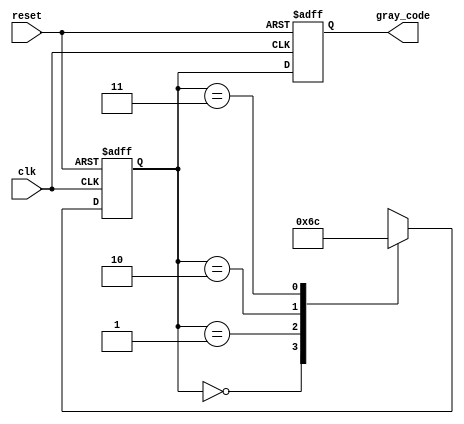
module gray_code_generator (
    input wire clk,        // Clock input
    input wire reset,      // Reset input
    output reg [1:0] gray_code // 2-bit Gray code output
);

// State encoding
localparam STATE_00 = 2'b00; // Gray code: 00
localparam STATE_01 = 2'b01; // Gray code: 01
localparam STATE_11 = 2'b10; // Gray code: 11
localparam STATE_10 = 2'b11; // Gray code: 10

// Current state and next state registers
reg [1:0] current_state, next_state;

// State transition logic
always @(*) begin
    case (current_state)
        STATE_00: next_state = STATE_01; // 00 -> 01
        STATE_01: next_state = STATE_11; // 01 -> 11
        STATE_11: next_state = STATE_10; // 11 -> 10
        STATE_10: next_state = STATE_00; // 10 -> 00
        default: next_state = STATE_00;   // Default to 00
    endcase
end

// State update logic
always @(posedge clk or posedge reset) begin
    if (reset) begin
        current_state <= STATE_00; // Reset to State 00
    end else begin
        current_state <= next_state; // Update to next state
    end
end

// Output logic
always @(posedge clk or posedge reset) begin
    if (reset) begin
        gray_code <= 2'b00; // Reset output to 00
    end else begin
        gray_code <= current_state; // Output current state
    end
end

endmodule